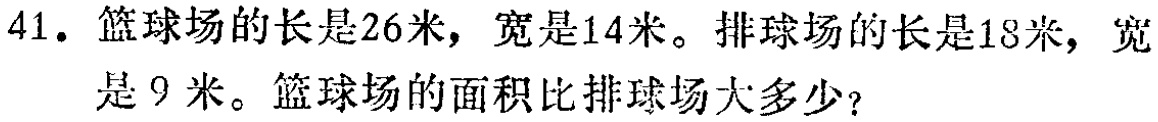
41. 篮球场的长是26米，宽是14米。排球场的长是18米，宽是9米。篮球场的面积比排球场大多少？